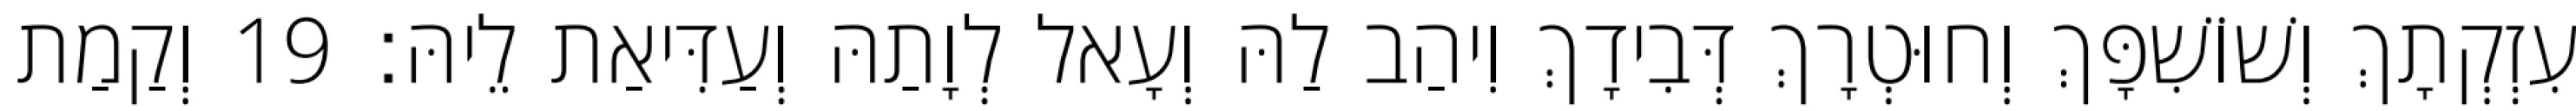
עִזְקְתָךְ וְשׁוֹשִׁפָּךְ וְחוּטְרָךְ דְּבִידָךְ וִיהַב לַהּ וְעָאל לְוָתַהּ וְעַדִּיאַת לֵיהּ׃ 19 וְקַמַת